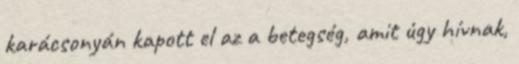
karácsonyán kapott el az a betegség, amit úgy hívnak,